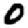
Digit: 0